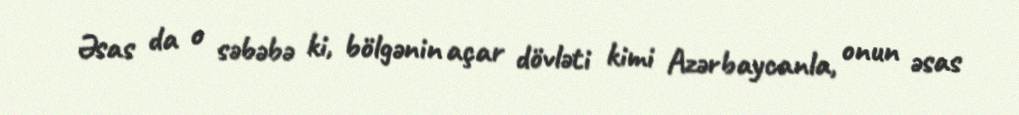
Əsas da o səbəbə ki, bölgənin açar dövləti kimi Azərbaycanla, onun əsas